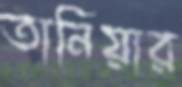
তানিয়ার